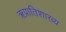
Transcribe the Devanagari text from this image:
ऋप्रातिशाख्य